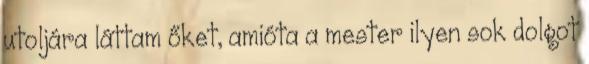
utoljára láttam őket, amióta a mester ilyen sok dolgot